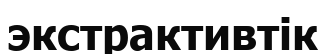
экстрактивтік